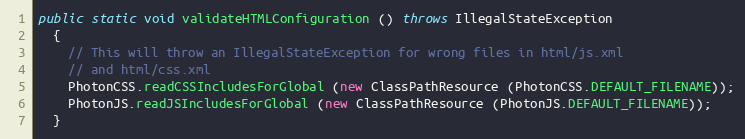
Language: Java
public static void validateHTMLConfiguration () throws IllegalStateException
  {
    // This will throw an IllegalStateException for wrong files in html/js.xml
    // and html/css.xml
    PhotonCSS.readCSSIncludesForGlobal (new ClassPathResource (PhotonCSS.DEFAULT_FILENAME));
    PhotonJS.readJSIncludesForGlobal (new ClassPathResource (PhotonJS.DEFAULT_FILENAME));
  }